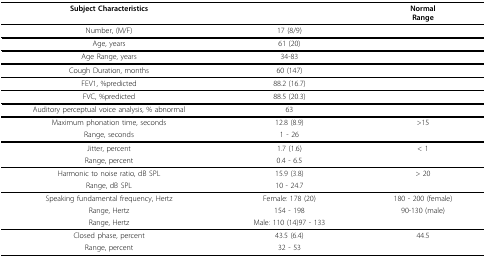
<table><thead><tr><td><b>Subject Characteristics</b></td><td></td><td><b>NormalRange</b></td></tr></thead><tbody><tr><td>Number, (M/F)</td><td>17 (8/9)</td><td></td></tr><tr><td>Age, years</td><td>61 (20)</td><td></td></tr><tr><td>Age Range, years</td><td>34-83</td><td></td></tr><tr><td>Cough Duration, months</td><td>60 (147)</td><td></td></tr><tr><td>FEV1, %predicted</td><td>88.2 (16.7)</td><td></td></tr><tr><td>FVC, %predicted</td><td>88.5 (20.3)</td><td></td></tr><tr><td>Auditory perceptual voice analysis, % abnormal</td><td>63</td><td></td></tr><tr><td>Maximum phonation time, seconds</td><td>12.8 (8.9)</td><td>&gt;15</td></tr><tr><td>Range, seconds</td><td>1 - 26</td><td></td></tr><tr><td>Jitter, percent</td><td>1.7 (1.6)</td><td>&lt; 1</td></tr><tr><td>Range, percent</td><td>0.4 - 6.5</td><td></td></tr><tr><td>Harmonic to noise ratio, dB SPL</td><td>15.9 (3.8)</td><td>&gt; 20</td></tr><tr><td>Range, dB SPL</td><td>10 - 24.7</td><td></td></tr><tr><td>Speaking fundamental frequency, Hertz</td><td>Female: 178 (20)</td><td>180 - 200 (female)</td></tr><tr><td>Range, Hertz</td><td>154 - 198</td><td>90-130 (male)</td></tr><tr><td>Range, Hertz</td><td>Male: 110 (14)97 - 133</td><td></td></tr><tr><td>Closed phase, percent</td><td>43.5 (6.4)</td><td>44.5</td></tr><tr><td>Range, percent</td><td>32 - 53</td><td></td></tr></tbody></table>